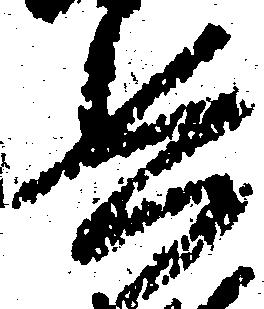
兵